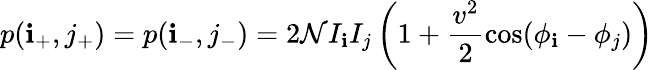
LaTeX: p(\mathbf{i}_{+},j_{+})=p(\mathbf{i}_{-},j_{-})=2\mathcal{{N}}I_{\mathbf{i}}I_{j}\left(1+\frac{{v^{2}}}{{2}}\cos(\phi_{\mathbf{i}}-\phi_{j})\right)